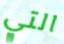
التي